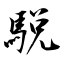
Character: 駾